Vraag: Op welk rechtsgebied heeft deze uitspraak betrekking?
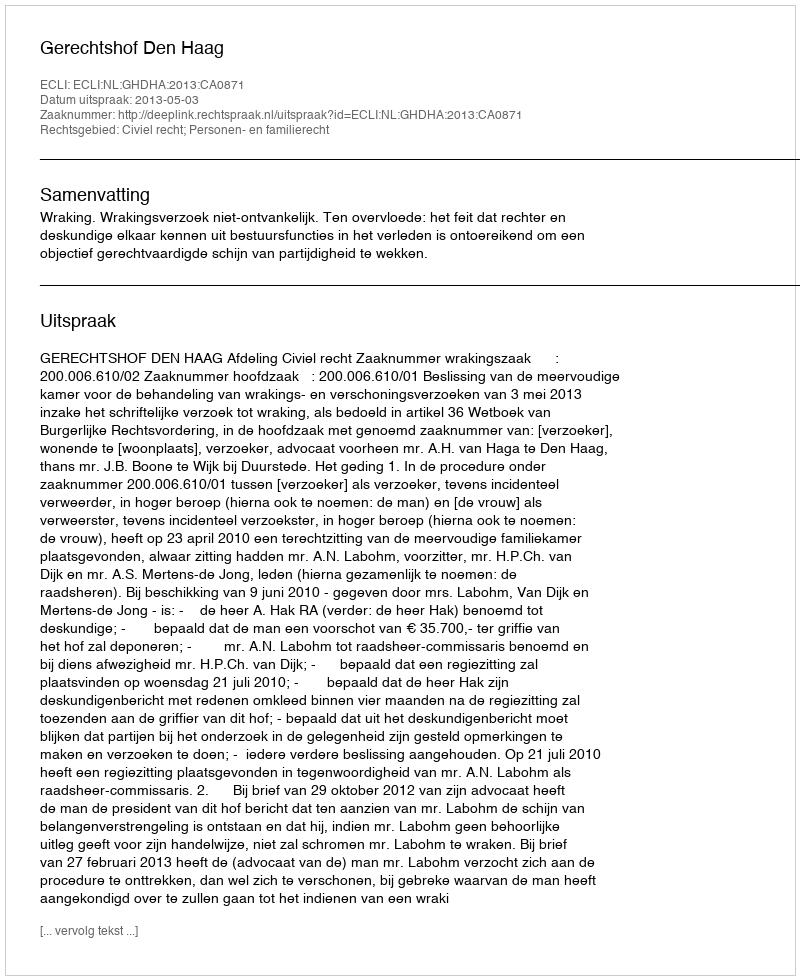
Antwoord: Civiel recht; Personen- en familierecht